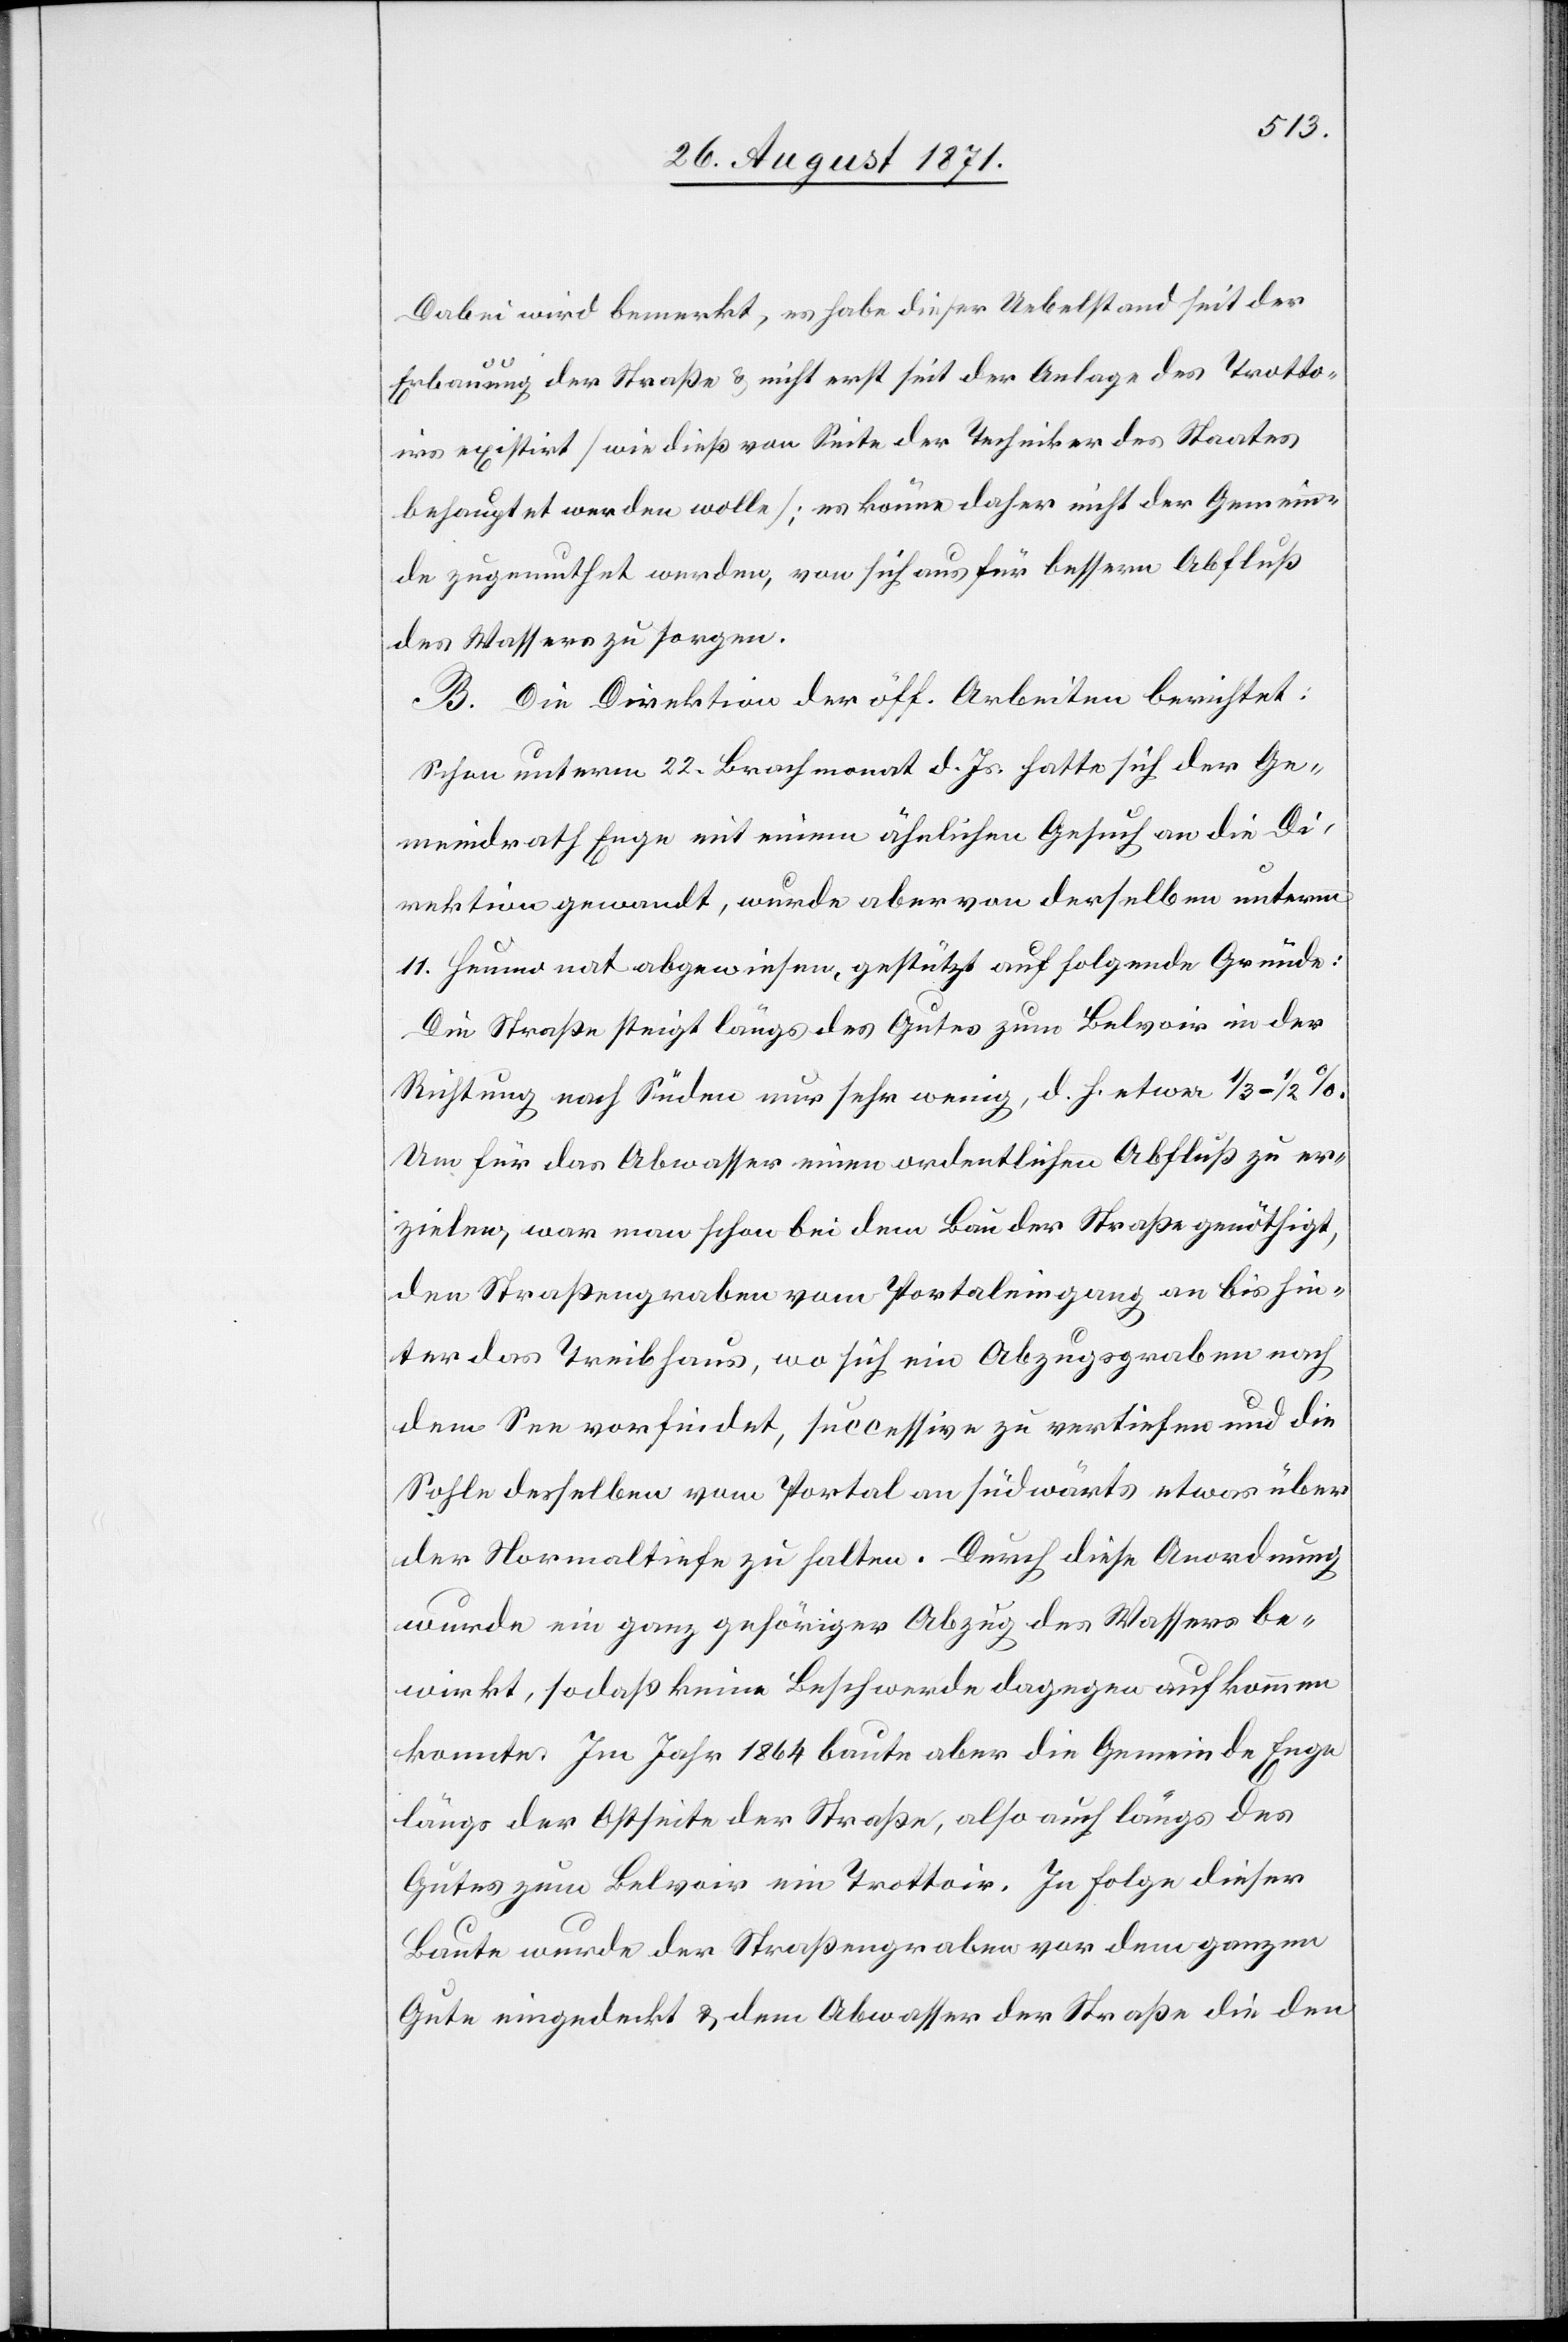
Dabei wird bemerkt, es habe dieser Uebelstand der
Erbauung der Straße & nicht erst seit der Anlage des Trotto¬
irs existirt [wie dieß von Seite der Techniker des Staates
behauptet werden wolle]; es könne daher nicht der Gemein¬
de zugemuthet werden, von sich aus für bessern Abfluß
des Wassers zu sorgen.
B. Die Direktion der öff. Arbeiten berichtet:
Schon unterm 22. Brachmonat d. Js. hatte sich der Ge¬
meindrath Enge mit einem ähnlichen Gesuch an die Di¬
rektion gewandt, wurde aber von derselben unterm
11. Heumonat abgewiesen, gestützt auf folgende Gründe:
Die Straße steigt längs des Gutes zum Belvoir in der
Richtung nach Süden nur sehr wenig, d. h. etwa 1/3–1/2%.
Um für das Abwasser einen ordentlichen Abfluß zu er¬
zielen, war man schon bei dem Bau der Straße genöthigt,
den Straßengraben vom Portaleingang an bis hin¬
ter das Treibhaus, wo sich ein Abzugsgraben nach
dem See vorfindet, successive zu vertiefen und die
Sohle desselben vom Portal an südwärts etwas über
der Normaltiefe zu halten. Durch diese Anordnung
wurde ein ganz gehöriger Abzug des Wassers be¬
wirkt, sodaß keine Beschwerde dagegen aufkommen
konnte. Im Jahr 1865 baute aber die Gemeinde Enge
längs der Ostseite der Straße, also auch längs des
Gutes zum Belvoir ein Trottoir. In Folge dieser
Baute wurde der Straßengraben vor dem ganzen
Gute eingedeckt & dem Abwasser der Straße die den